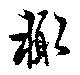
輙